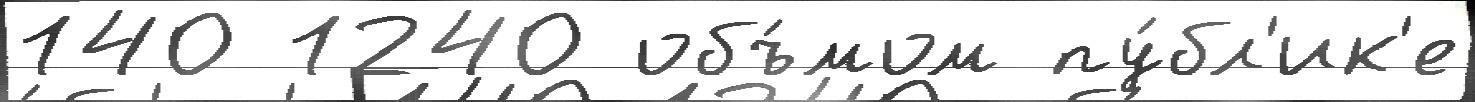
140 1240 объ́мом пу́бл'ик'е